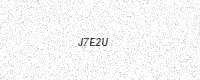
Text: J7E2U